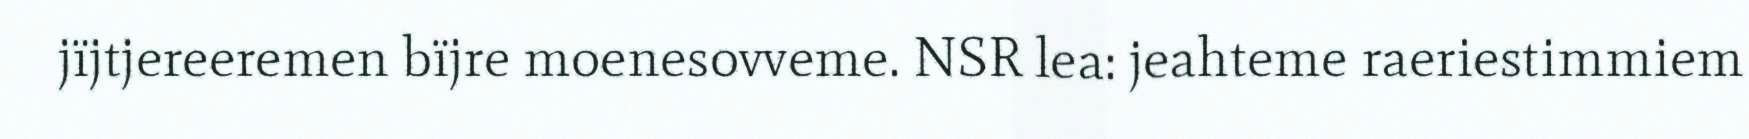
jïjtjereeremen bïjre moenesovveme. NSR lea: jeahteme raeriestimmiem